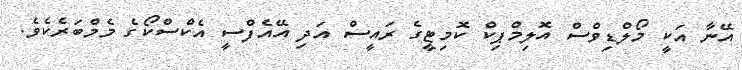
އޭނާ އަކީ މޯލްޑިވްސް އޮލިމްޕިކް ކޮމިޓީގެ ރައީސް އަދި އޭއެފްސީ އެކްސްކޯގެ މެމްބަރެކެވެ.